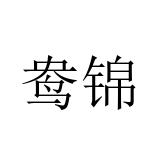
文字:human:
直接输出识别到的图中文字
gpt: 鸯锦